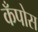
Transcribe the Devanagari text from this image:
कँपोस